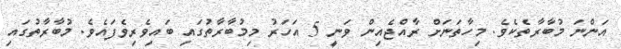
އަންނަ މުބާރާތެކެވެ. މިހާތަނަށް ރާއްޖެއިން ވަނީ 5 އަހަރު މިމުބާރާތުގައި ބައިވެރިވެފައެވެ. މުބާރާތުގައި